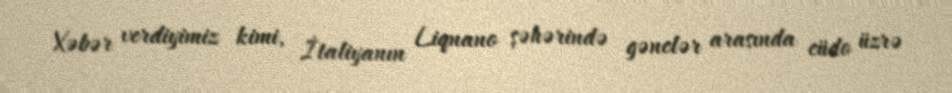
Xəbər verdiyimiz kimi, İtaliyanın Liqnano şəhərində gənclər arasında cüdo üzrə